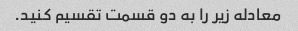
معادله زیر را به دو قسمت تقسیم کنید.